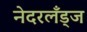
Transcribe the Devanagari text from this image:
नेदरलँड्ज